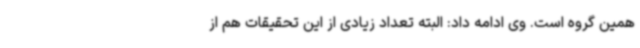
همین گروه است. وی ادامه داد: البته تعداد زیادی از این تحقیقات هم از